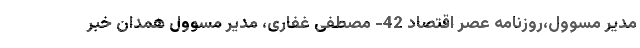
مدیر مسوول،روزنامه عصر اقتصاد 42- مصطفی غفاری، مدیر مسوول همدان خبر